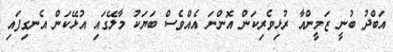
އަބްދު ބުނީ ޒަމީންއާ ރުޅިވެރިކަން އޮންނަ އެއްވެސް ބަޔަކު މާލޭގައި އުޅޭކަން އެނގިފައި